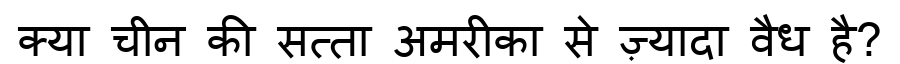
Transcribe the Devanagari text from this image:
क्या चीन की सत्ता अमरीका से ज़्यादा वैध है?